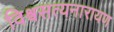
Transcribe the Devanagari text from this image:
विश्वसत्यनारायण